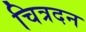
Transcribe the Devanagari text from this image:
चित्रदन